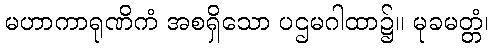
မဟာကာရုဏိကံ အစရှိသော ပဌမဂါထာ၌။ မုခမတ္တံ၊